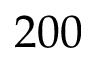
2 0 0